Punjab Mental Hospital Lahore 1922-31 - 1922-1931
Year: 1922
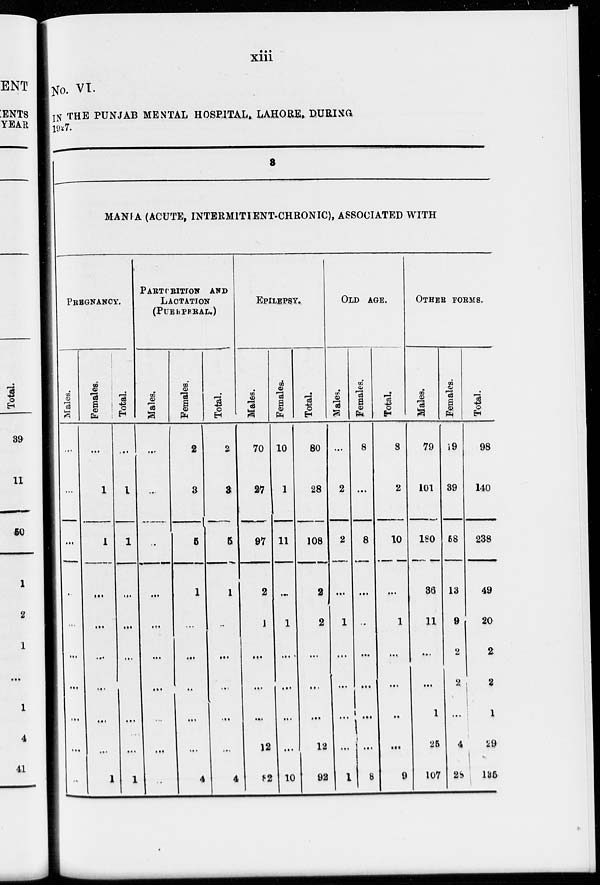
xiii
No. VI.
IN THE PUNJAB MENTAL HOSPITAL, LAHORE, DURING
1927.
8
MANIA(ACUTE, INTERMITTENT-CHRONIC), ASSOCIATED WITH
PREGNANCY.
Males.
...
...
...
...
...
...
...
...
...
...
Females.
...
1
1
...
...
...
...
...
...
1
Total.
....
1
1
...
...
...
...
...
...
1
PARTURITION AND
LACTATION
(PUERPERAL.)
Males.
...
...
...
...
...
...
...
....
...
...
Females.
2
3
5
1
...
...
...
...
...
4
Total.
2
3
5
1
...
...
...
...
4
EPILEPSY.
Males.
70
27
97
2
1
...
...
...
12
82
Females.
10
1
11
...
1
...
...
...
...
10
Total.
60
28
108
2
2
...
...
...
12
92
OLD AGE.
Males.
...
2
2
...
1
...
...
...
...
1
Females.
8
...
8
...
....
...
...
...
...
8
Total.
8
2
10
...
1
...
...
...
...
9
OTHER FORMS.
Males.
79
101
180
36
11
...
...
1
25
107
Females.
19
39
58
13
9
2
...
...
4
28
Total.
98
140
238
49
20
2
2
1
29
135